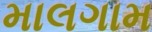
માલગામ